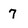
Character: 7